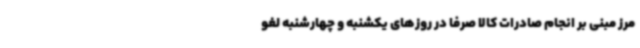
مرز مبنی بر انجام صادرات کالا صرفا در روزهای یکشنبه و چهارشنبه لغو